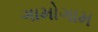
ગામોગામ